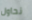
نحاول